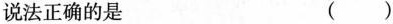
说法正确的是 ( )